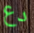
دع